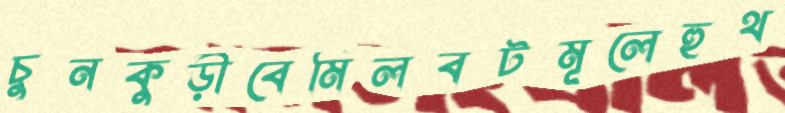
চুনকুড়ীবেমিলবটমূলেহুথ